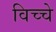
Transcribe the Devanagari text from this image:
विच्चे